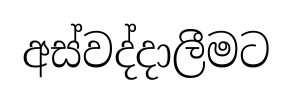
අස්වද්දාලීමට